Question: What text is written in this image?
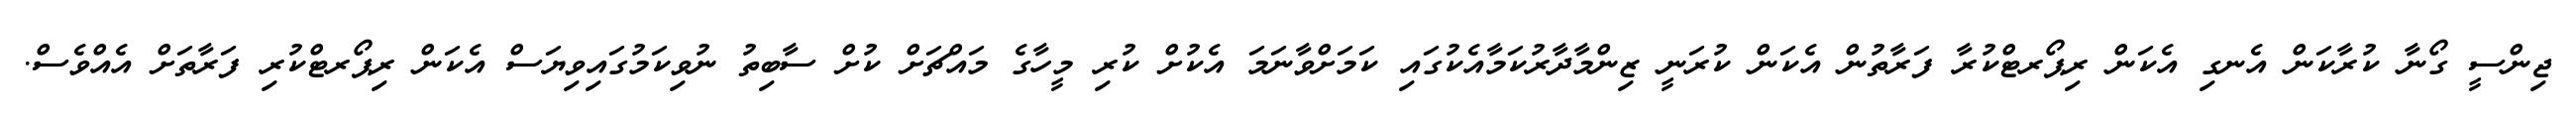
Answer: ޖިންސީ ގޯނާ ކުރާކަން އެނގި އެކަން ރިޕޯރޓްކުރާ ފަރާތުން އެކަން ކުރަނީ ޒިންމާދާރުކަމާއެކުގައި ކަމަށްވާނަމަ އެކުށް ކުރި މީހާގެ މައްޗަށް ކުށް ސާބިތު ނުވިކަމުގައިވިޔަސް އެކަން ރިޕޯރޓްކުރި ފަރާތަށް އެއްވެސް.